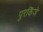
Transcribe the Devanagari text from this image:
पुरकिंजे